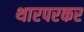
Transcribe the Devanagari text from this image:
थारपरकर